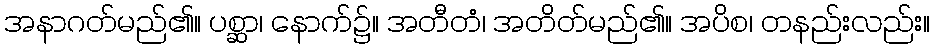
အနာဂတ်မည်၏။ ပစ္ဆာ၊ နောက်၌။ အတီတံ၊ အတိတ်မည်၏။ အပိစ၊ တနည်းလည်း။